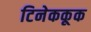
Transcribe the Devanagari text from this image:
टिनेककूक